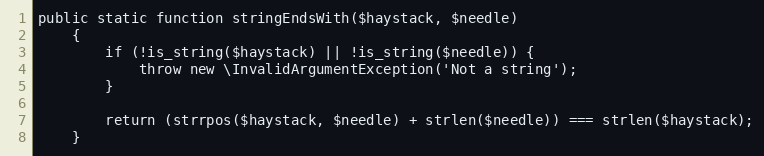
Language: PHP
public static function stringEndsWith($haystack, $needle)
    {
        if (!is_string($haystack) || !is_string($needle)) {
            throw new \InvalidArgumentException('Not a string');
        }

        return (strrpos($haystack, $needle) + strlen($needle)) === strlen($haystack);
    }